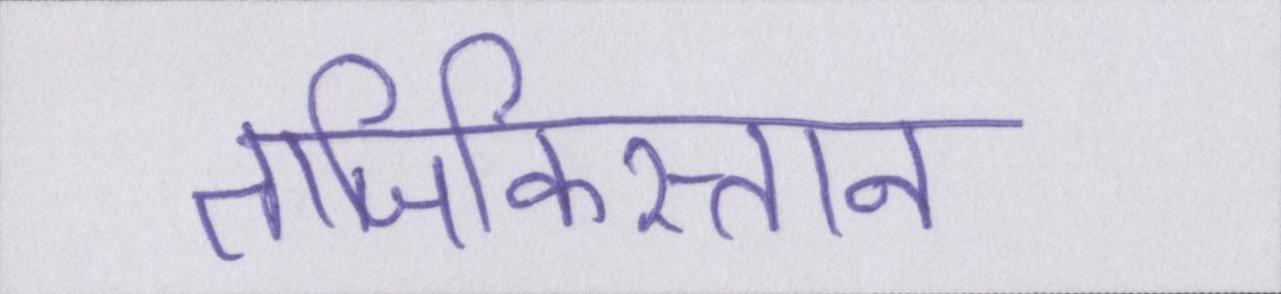
ताजिकिस्तान